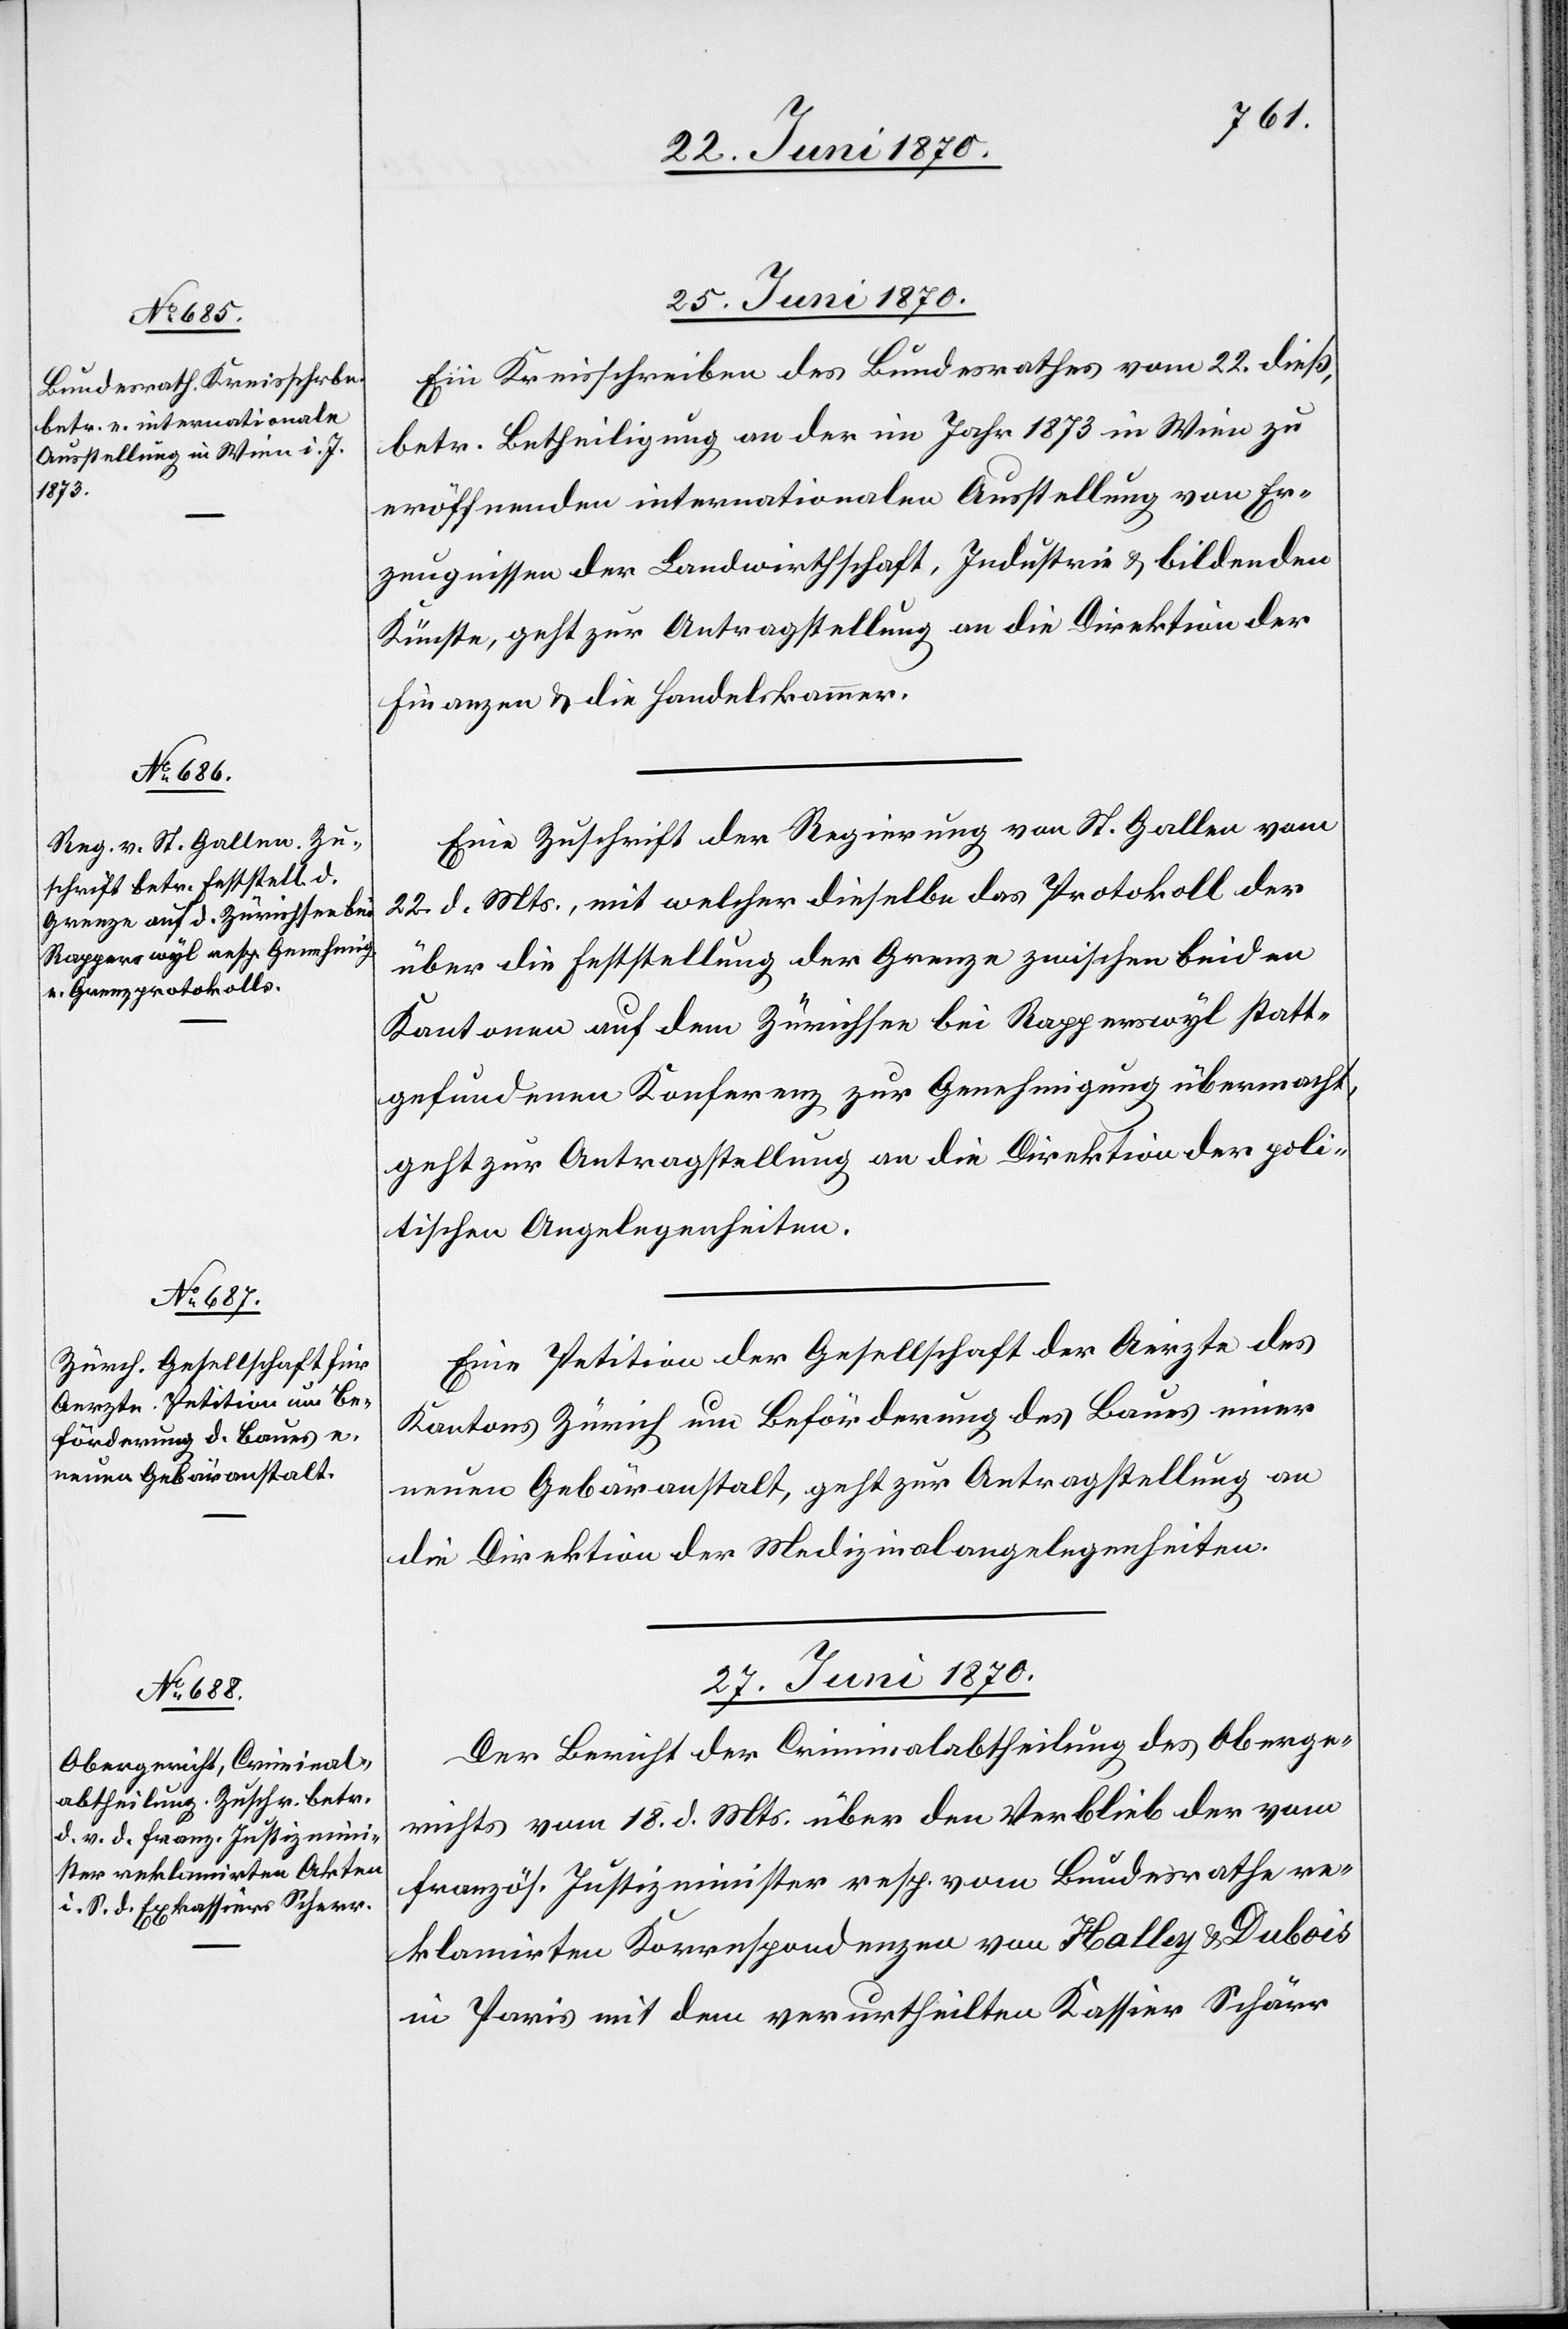
25. Juni 1870.]
Ein Kreisschreiben des Bundesrathes vom 22. dieß,
betr. Betheiligung an der im Jahr 1873 in Wien zu
eröffnenden internationalen Ausstellung von Er¬
zeugnissen der Landwirthschaft, Industrie & bildenden
Künste, geht zur Antragstellung an die Direktion der
Finanzen & die Handelskammer.
Eine Zuschrift der Regierung von St. Gallen vom
22. d. Mts., mit welcher dieselbe das Protokoll der
über die Feststellung der Grenze zwischen beiden
Kantonen auf dem Zürichsee bei Rapperswyl statt¬
gefundenen Konferenz zur Genehmigung übermacht,
geht zur Antragstellung an die Direktion der poli¬
tischen Angelegenheiten.
Eine Petition der Gesellschaft der Aerzte des
Kantons Zürich um Beförderung des Baues einer
neuen Gebäranstalt, geht zur Antragstellung an
die Direktion der Medizinalangelegenheiten.
27. Juni 1870.
Der Bericht der Criminalabtheilung des Oberge¬
richts vom 18. d. Mts. über den Verblieb der vom
französ. Justizminister resp. vom Bundesrathe re¬
klamirten Korrespondenzen von Halley & Dubois
in Paris mit dem verurtheilten Kassier Schärr